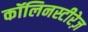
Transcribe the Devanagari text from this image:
कॉलिनस्टीरेज़